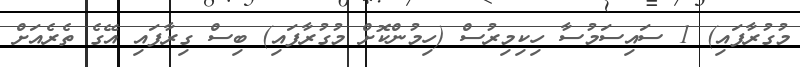
މުގުރާފައި) 1 ސައިސަމުސާ ހިކިމިރުސް (ހިމުންކޮށް މުގުރާފައި) ބިސް ގިރާފައި އޭގެ ތެރެއަށް